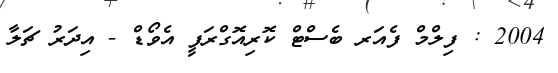
2004 : ފިލްމް ފެއަރ ބެސްޓް ކޮރިއޮގްރަފީ އެވޯޑް - އިދަރު ޗަލާ